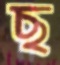
ছ